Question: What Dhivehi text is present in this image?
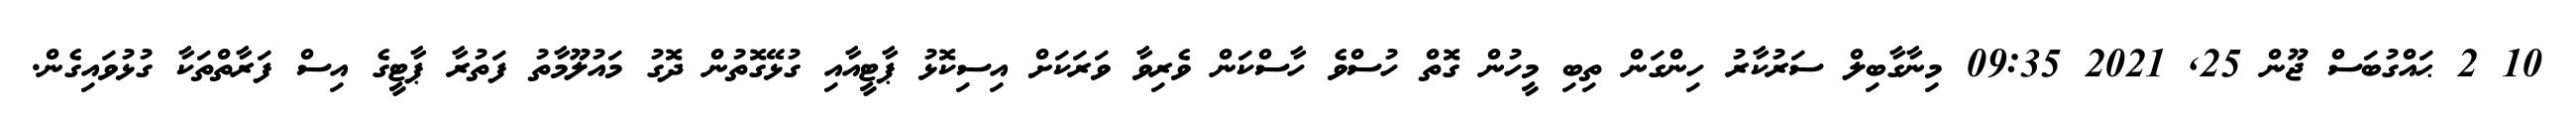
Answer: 10 2 ޙައްގުބަސް ޖޫން 25, 2021 09:35 މިނާގާބިލް ސަރުކާރު ހިންގަން ތިބި މީހުން ގޮތް ހުސްވެ ހާސްކަން ވެރިވާ ވަރަކަށް އިސިކޮޅު ޕާޓީއާއި ގުޅޭގޮތުން ދޮގު މައުލޫމާތު ފަތުރާ ޕާޓީގެ އިސް ފަރާތްތަކާ ގުޅުވައިގެން.